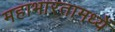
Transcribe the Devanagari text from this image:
महाभारतामध्यें